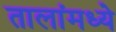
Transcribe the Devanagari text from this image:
तालांमध्ये